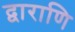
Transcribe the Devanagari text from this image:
द्वाराणि